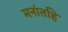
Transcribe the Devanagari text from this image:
मनांतहि